Problem: 28 + 8 = ?
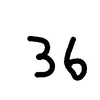
Handwritten answer: 36